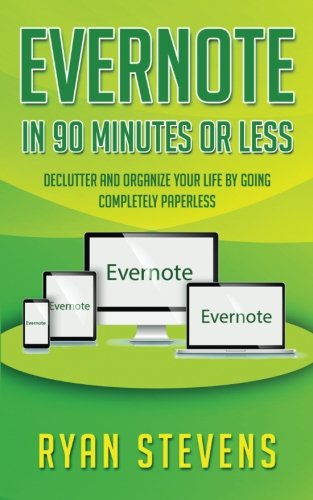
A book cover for Evernote In 90 Minutes Or Less: Declutter and organize your life by going completely paperless; Ryan Stevens; Computers & Technology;